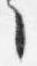
々